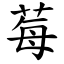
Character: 莓